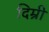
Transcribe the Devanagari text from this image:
दिम्री